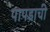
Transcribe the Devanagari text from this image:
पापडाची